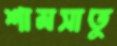
শামসাতু